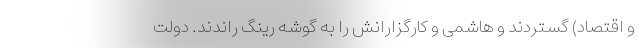
و اقتصاد) گستردند و هاشمی و کارگزارانش را به گوشه رینگ راندند. دولت